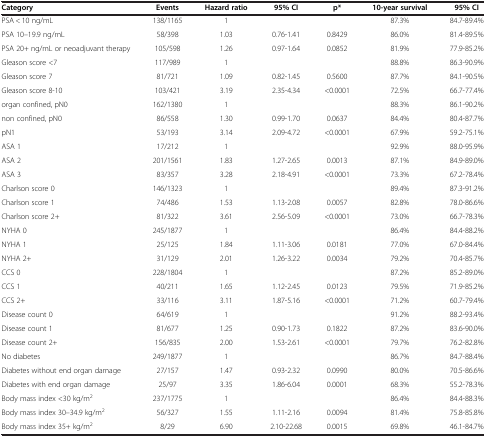
<table><thead><tr><td><b>Category</b></td><td><b>Events</b></td><td><b>Hazard ratio</b></td><td><b>95% CI</b></td><td><b>p*</b></td><td><b>10-year survival</b></td><td><b>95% CI</b></td></tr></thead><tbody><tr><td>PSA &lt; 10 ng/mL</td><td>138/1165</td><td>1</td><td> </td><td> </td><td>87.3%</td><td>84.7-89.4%</td></tr><tr><td>PSA 10–19.9 ng/mL</td><td>58/398</td><td>1.03</td><td>0.76-1.41</td><td>0.8429</td><td>86.0%</td><td>81.4-89.5%</td></tr><tr><td>PSA 20+ ng/mL or neoadjuvant therapy</td><td>105/598</td><td>1.26</td><td>0.97-1.64</td><td>0.0852</td><td>81.9%</td><td>77.9-85.2%</td></tr><tr><td>Gleason score &lt;7</td><td>117/989</td><td>1</td><td> </td><td> </td><td>88.8%</td><td>86.3-90.9%</td></tr><tr><td>Gleason score 7</td><td>81/721</td><td>1.09</td><td>0.82-1.45</td><td>0.5600</td><td>87.7%</td><td>84.1-90.5%</td></tr><tr><td>Gleason score 8-10</td><td>103/421</td><td>3.19</td><td>2.35-4.34</td><td>&lt;0.0001</td><td>72.5%</td><td>66.7-77.4%</td></tr><tr><td>organ confined, pN0</td><td>162/1380</td><td>1</td><td> </td><td> </td><td>88.3%</td><td>86.1-90.2%</td></tr><tr><td>non confined, pN0</td><td>86/558</td><td>1.30</td><td>0.99-1.70</td><td>0.0637</td><td>84.4%</td><td>80.4-87.7%</td></tr><tr><td>pN1</td><td>53/193</td><td>3.14</td><td>2.09-4.72</td><td>&lt;0.0001</td><td>67.9%</td><td>59.2-75.1%</td></tr><tr><td>ASA 1</td><td>17/212</td><td>1</td><td> </td><td> </td><td>92.9%</td><td>88.0-95.9%</td></tr><tr><td>ASA 2</td><td>201/1561</td><td>1.83</td><td>1.27-2.65</td><td>0.0013</td><td>87.1%</td><td>84.9-89.0%</td></tr><tr><td>ASA 3</td><td>83/357</td><td>3.28</td><td>2.18-4.91</td><td>&lt;0.0001</td><td>73.3%</td><td>67.2-78.4%</td></tr><tr><td>Charlson score 0</td><td>146/1323</td><td>1</td><td> </td><td> </td><td>89.4%</td><td>87.3-91.2%</td></tr><tr><td>Charlson score 1</td><td>74/486</td><td>1.53</td><td>1.13-2.08</td><td>0.0057</td><td>82.8%</td><td>78.0-86.6%</td></tr><tr><td>Charlson score 2+</td><td>81/322</td><td>3.61</td><td>2.56-5.09</td><td>&lt;0.0001</td><td>73.0%</td><td>66.7-78.3%</td></tr><tr><td>NYHA 0</td><td>245/1877</td><td>1</td><td> </td><td> </td><td>86.4%</td><td>84.4-88.2%</td></tr><tr><td>NYHA 1</td><td>25/125</td><td>1.84</td><td>1.11-3.06</td><td>0.0181</td><td>77.0%</td><td>67.0-84.4%</td></tr><tr><td>NYHA 2+</td><td>31/129</td><td>2.01</td><td>1.26-3.22</td><td>0.0034</td><td>79.2%</td><td>70.4-85.7%</td></tr><tr><td>CCS 0</td><td>228/1804</td><td>1</td><td> </td><td> </td><td>87.2%</td><td>85.2-89.0%</td></tr><tr><td>CCS 1</td><td>40/211</td><td>1.65</td><td>1.12-2.45</td><td>0.0123</td><td>79.5%</td><td>71.9-85.2%</td></tr><tr><td>CCS 2+</td><td>33/116</td><td>3.11</td><td>1.87-5.16</td><td>&lt;0.0001</td><td>71.2%</td><td>60.7-79.4%</td></tr><tr><td>Disease count 0</td><td>64/619</td><td>1</td><td> </td><td> </td><td>91.2%</td><td>88.2-93.4%</td></tr><tr><td>Disease count 1</td><td>81/677</td><td>1.25</td><td>0.90-1.73</td><td>0.1822</td><td>87.2%</td><td>83.6-90.0%</td></tr><tr><td>Disease count 2+</td><td>156/835</td><td>2.00</td><td>1.53-2.61</td><td>&lt;0.0001</td><td>79.7%</td><td>76.2-82.8%</td></tr><tr><td>No diabetes</td><td>249/1877</td><td>1</td><td> </td><td> </td><td>86.7%</td><td>84.7-88.4%</td></tr><tr><td>Diabetes without end organ damage</td><td>27/157</td><td>1.47</td><td>0.93-2.32</td><td>0.0990</td><td>80.0%</td><td>70.5-86.6%</td></tr><tr><td>Diabetes with end organ damage</td><td>25/97</td><td>3.35</td><td>1.86-6.04</td><td>0.0001</td><td>68.3%</td><td>55.2-78.3%</td></tr><tr><td>Body mass index &lt;30 kg/m<sup>2</sup></td><td>237/1775</td><td>1</td><td> </td><td> </td><td>86.4%</td><td>84.4-88.3%</td></tr><tr><td>Body mass index 30–34.9 kg/m<sup>2</sup></td><td>56/327</td><td>1.55</td><td>1.11-2.16</td><td>0.0094</td><td>81.4%</td><td>75.8-85.8%</td></tr><tr><td>Body mass index 35+ kg/m<sup>2</sup></td><td>8/29</td><td>6.90</td><td>2.10-22.68</td><td>0.0015</td><td>69.8%</td><td>46.1-84.7%</td></tr></tbody></table>